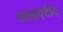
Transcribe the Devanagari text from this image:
आइएटीए